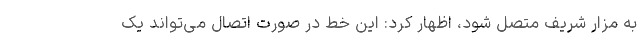
به مزار شریف متصل شود، اظهار کرد:‌ این خط در صورت اتصال می‌تواند یک